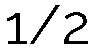
1/2